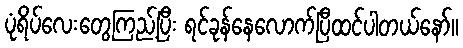
ပုံရိပ်လေးတွေကြည့်ပြီး ရင်ခုန်နေလောက်ပြီထင်ပါတယ်နော်။